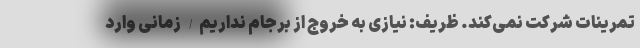
تمرینات شرکت نمی‌کند. ظریف: نیازی به خروج از برجام نداریم/ زمانی وارد